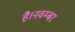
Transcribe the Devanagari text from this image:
है।नवम्बर